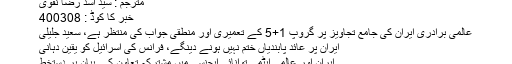
مترجم : سید اسد رضا نقوی
خبر کا کوڈ : 400308
عالمی برادری ایران کی جامع تجاویز پر گروپ 1+5 کے تعمیری اور منطقی جواب کی منتظر ہے، سعید جلیلی
ایران پر عائد پابندیاں ختم نہیں ہونے دینگے، فرانس کی اسرائیل کو یقین دہانی
ایران اور عالمی ایٹمی توانائی ایجنسی میں مشترکہ تعاون کے بیان پر دستخط